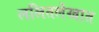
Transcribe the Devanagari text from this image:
ललितलेखात